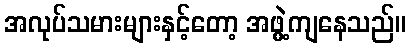
အလုပ်သမားများနှင့်တော့ အဖွဲ့ကျနေသည်။